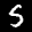
Label: 5